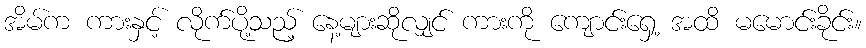
အိမ်က ကားနှင့် လိုက်ပို့သည့် နေ့များဆိုလျှင် ကားကို ကျောင်းရှေ့ အထိ မမောင်းခိုင်း။